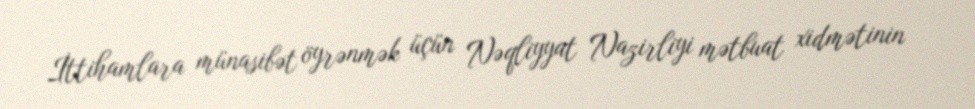
İttihamlara münasibət öyrənmək üçün Nəqliyyat Nazirliyi mətbuat xidmətinin